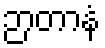
ဉာတာနံ